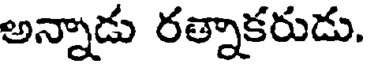
అన్నాడు రత్నాకరుడు.